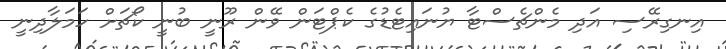
އިނގިރޭސި އަދި މެންޗެސްޓާ ޔުނައިޓެޑުގެ ކެޕްޓަން ވޭން ރޫނީ ބުނީ ކޯޗަށް ހަަމަލާދިނީ